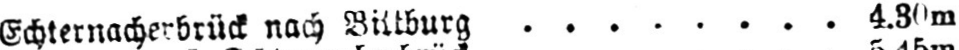
Echternacherbrück nach Bittburg ........ 4.30m